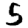
Digit: 5